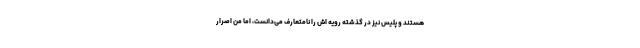
هستند و پلیس نیز در گذشته رویه اش را نامتعارف می‌دانست، اما من اصرار